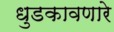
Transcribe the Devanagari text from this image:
धुडकावणारे